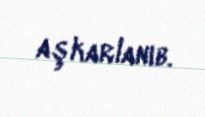
aşkarlanıb.